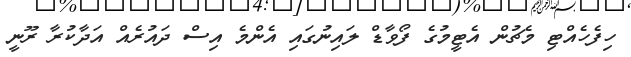
ހިފެހެއްޓި މެޗުން އެޓީމުގެ ފޯވާޑް ލައިނުގައި އެންމެ އިސް ދައުރެއް އަދާކުރާ ރޫނީ